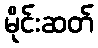
မိုင်းဆတ်